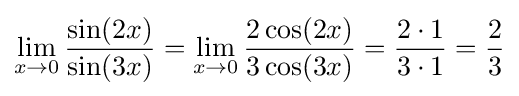
\lim _{x\to 0}{\frac {\sin(2x)}{\sin(3x)}}=\lim _{x\to 0}{\frac {2\cos(2x)}{3\cos(3x)}}={\frac {2\cdot 1}{3\cdot 1}}={\frac {2}{3}}